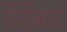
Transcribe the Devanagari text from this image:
सेप्टेंबर